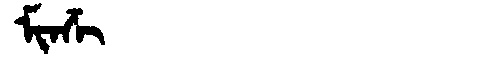
Manchu: ᠮᡳᠨᡯᡳ
Romanization: MINDZI